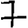
Digit: 7